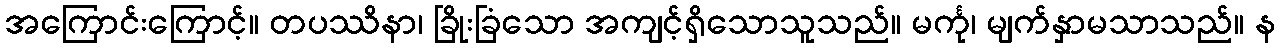
အကြောင်းကြောင့်။ တပဿိနာ၊ ခြိုးခြံသော အကျင့်ရှိသောသူသည်။ မင်္ကု၊ မျက်နှာမသာသည်။ န